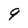
Character: 9